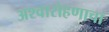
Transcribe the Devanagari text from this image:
अश्वारोहणाचा